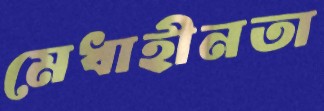
মেধাহীনতা